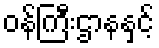
ဝန်ကြီးဌာနနှင့်